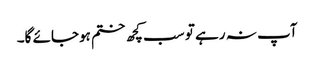
آپ نہ رہے تو سب کچھ ختم ہوجائے گا۔